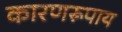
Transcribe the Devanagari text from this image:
कारणरूपाय